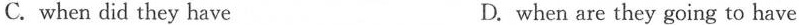
C. when did they have D. when are they going to have